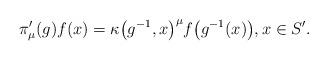
LaTeX: \begin{align*}\pi'_\mu(g) f(x) = \kappa\big(g^{-1},x\big)^\mu f\big(g^{-1}(x)\big),x\in S'.\end{align*}